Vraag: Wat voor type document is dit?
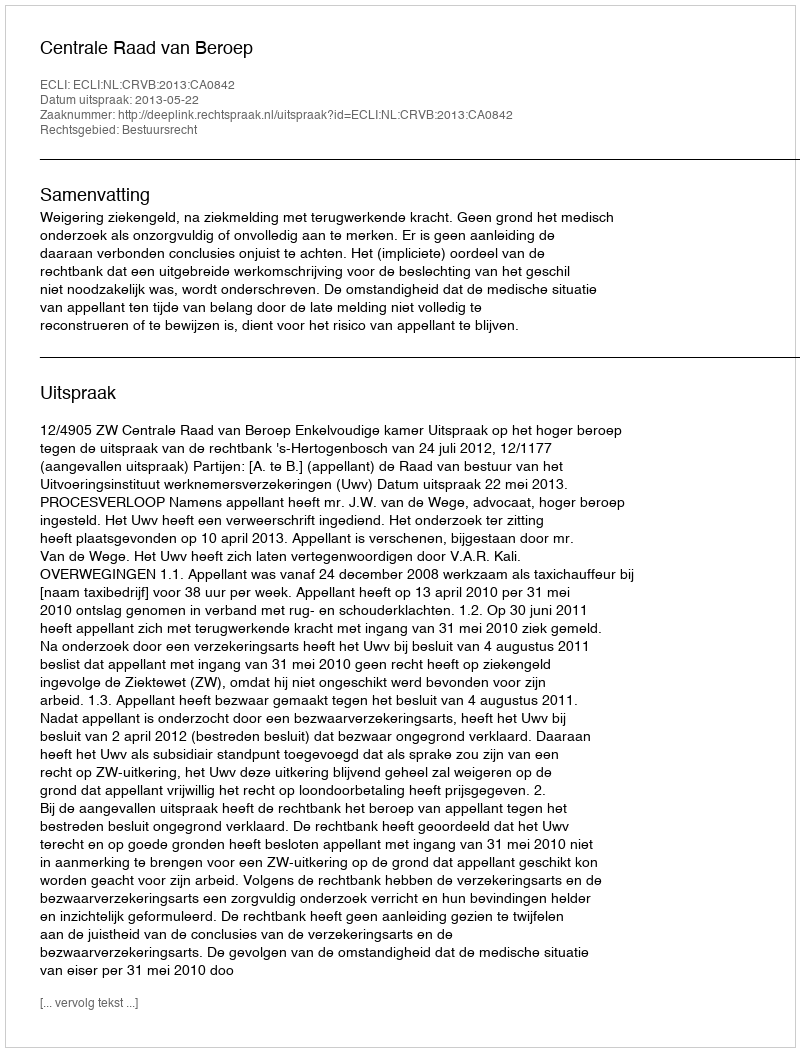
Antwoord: Uitspraak